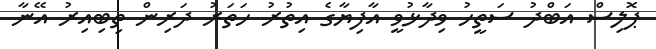
ޕޮލިސް އަބްދު ސަތީހު ވިދާޅުވީ އާފިޔާގެ އިތުރު ހަތަރު ދަރިން ތިބިއިރު އޭނާ